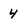
Character: 4